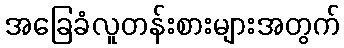
အခြေခံလူတန်းစားများအတွက်